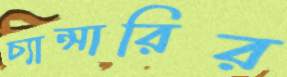
চ্যান্সারির